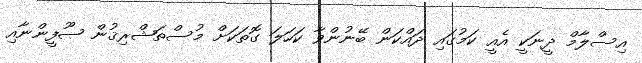
އިސްލާމް ދީނަކީ އެއީ ކަމުގައި ދައްކަން ބޭނުންވާ ކަހަލަ ގޮތަކަށް މުސްތަޝްރިޤުން ޞޫފީންނާއި